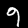
Digit: 9